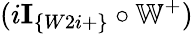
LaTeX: (i\textbf{I}_{\{ W2i+\} }\circ\mathbb{W}^{+})